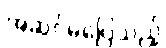
အဆင်မပြေသည့်